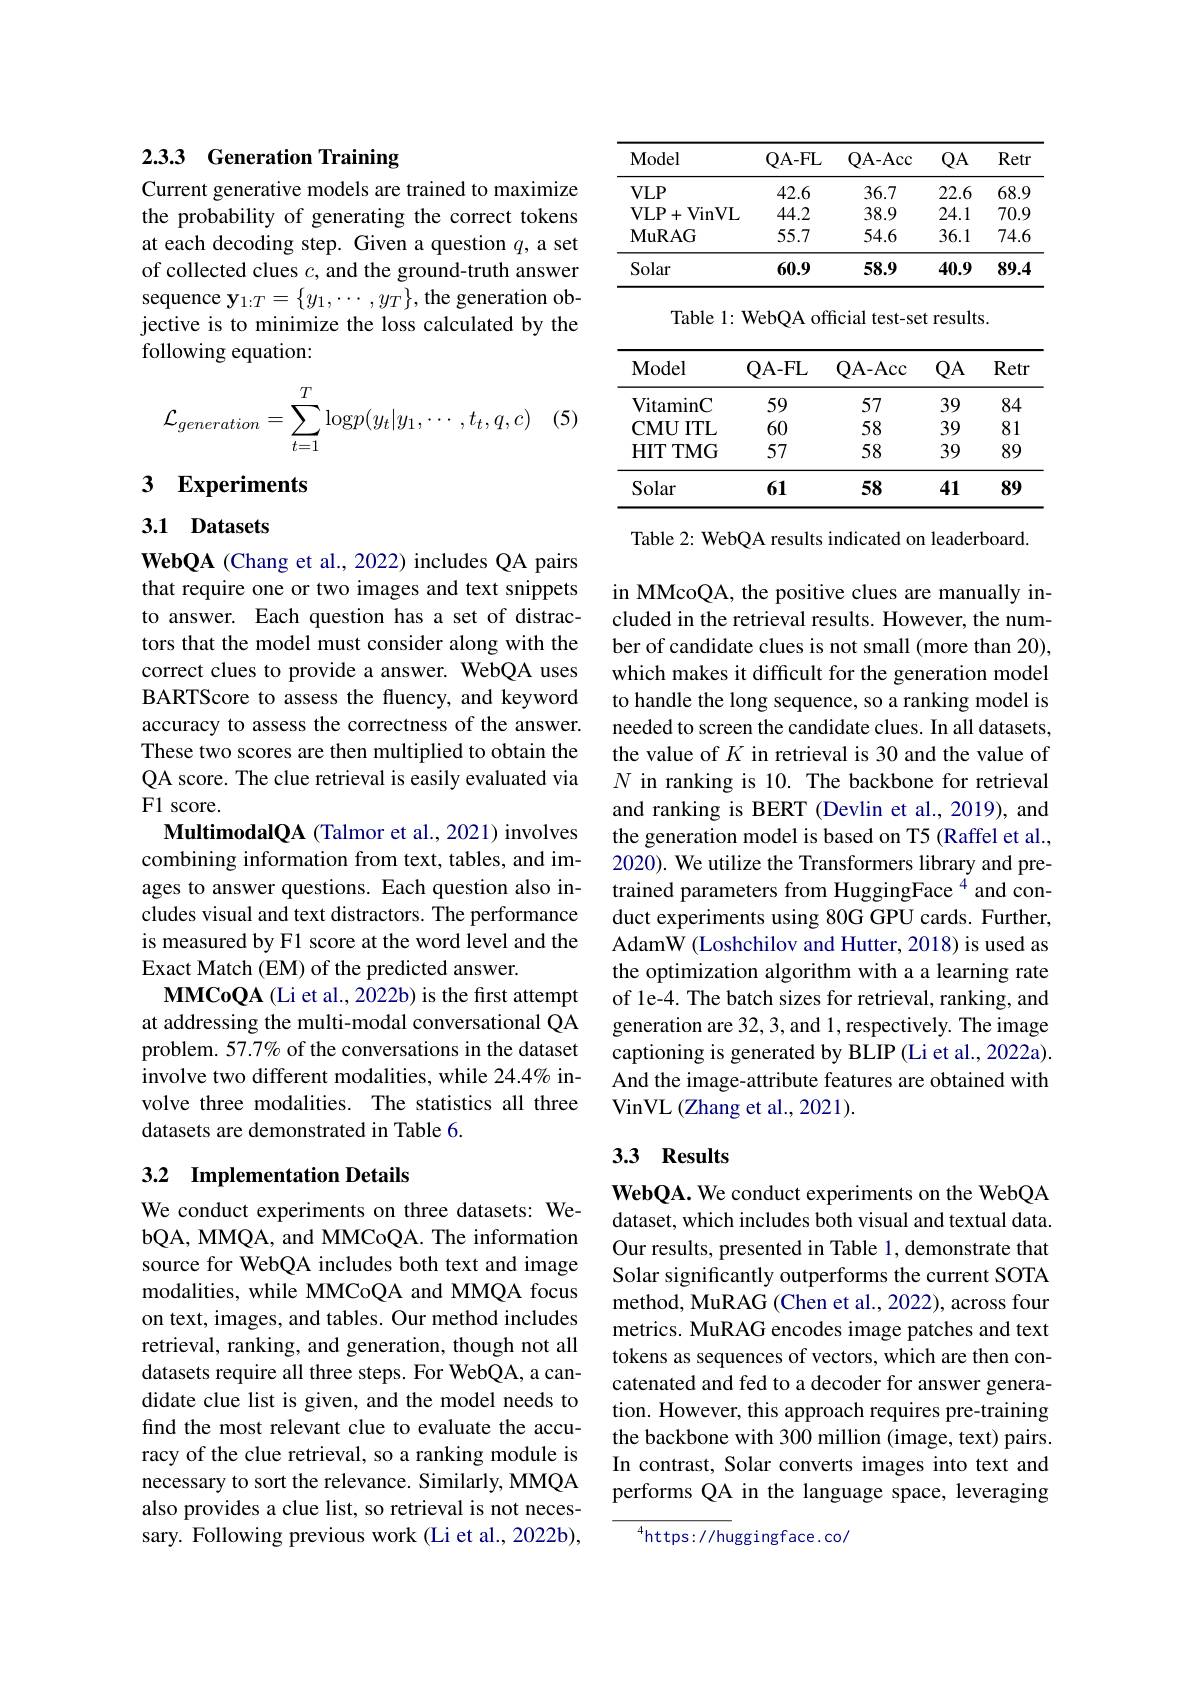
# 2.3.3 Generation Training

Current generative models are trained to maximize the probability of generating the correct tokens at each decoding step. Given a question $q$, a set of collected clues $c$, and the ground-truth answer sequence $\mathbf{y}_{1:T}=\{y_1,\cdots,y_T\}$,the generation objective is to minimize the loss calculated by the following equation:

(5)
$$\mathcal{L}_{generation}=\sum\limits_{t=1}^T\log p(y_t|y_1,\cdots,t_t,q,c)$$
# 3 Experiments

## 3.1 Datasets

WebQA (Chang et al., 2022) includes QA pairs that require one or two images and text snippets to answer. Each question has a set of distractors that the model must consider along with the correct clues to provide a answer. WebQA uses BARTScore to assess the fluency, and keyword accuracy to assess the correctness of the answer. These two scores are then multiplied to obtain the QA score. The clue retrieval is easily evaluated via F1 score.
MultimodalQA (Talmor et al., 2021) involves combining information from text, tables, and images to answer questions. Each question also includes visual and text distractors. The performance is measured by F1 score at the word level and the Exact Match (EM) of the predicted answer.
MMCoQA (Li et al., 2022b) is the first attempt at addressing the multi-modal conversational QA problem. 57.7% of the conversations in the dataset involve two different modalities, while 24.4% involve three modalities. The statistics all three datasets are demonstrated in Table 6.

## 3.2 Implementation Details

We conduct experiments on three datasets: WebQA, MMQA, and MMCoQA. The information source for WebQA includes both text and image modalities, while MMCoQA and MMQA focus on text, images, and tables. Our method includes retrieval, ranking, and generation, though not all datasets require all three steps. For WebQA, a candidate clue list is given, and the model needs to find the most relevant clue to evaluate the accuracy of the clue retrieval, so a ranking module is necessary to sort the relevance. Similarly, MMQA also provides a clue list, so retrieval is not necessary. Following previous work (Li et al., 2022b),

<table>
	<tbody>
		<tr>
			<th>$\mathbf{Model}$</th>
			<th>QA- FL</th>
			<th>QA- Acc</th>
			<th>$QA$</th>
			<th>Retr</th>
		</tr>
		<tr>
			<td>$VLP$</td>
			<td>42.6</td>
			<td>36.7</td>
			<td>22.6</td>
			<td>68.9</td>
		</tr>
		<tr>
			<td>$VLP$ VinVL + 1 1</td>
			<td>44.2</td>
			<td>38.9</td>
			<td>24.1</td>
			<td>70.9</td>
		</tr>
		<tr>
			<td>$\mathbf{MuRAG}$</td>
			<td>55.7</td>
			<td>54.6</td>
			<td>36.1</td>
			<td>74.6</td>
		</tr>
		<tr>
			<td>Solar</td>
			<td>60.9</td>
			<td>58.9</td>
			<td>40.9</td>
			<td>89.4</td>
		</tr>
	</tbody>
</table>

Table 1: WebQA official test-set results.

<table>
	<tbody>
		<tr>
			<th>Model</th>
			<th>QA- FL</th>
			<th>QA- Acc</th>
			<th>$QA$</th>
			<th>Retr</th>
		</tr>
		<tr>
			<td>VitaminC</td>
			<td>59</td>
			<td>57</td>
			<td>39</td>
			<td>84</td>
		</tr>
		<tr>
			<td>$\mathbf{CMUITL}$</td>
			<td>60</td>
			<td>58</td>
			<td>39</td>
			<td>81</td>
		</tr>
		<tr>
			<td>$HITTMG$</td>
			<td>57</td>
			<td>58</td>
			<td>39</td>
			<td>89</td>
		</tr>
		<tr>
			<td>Solar</td>
			<td>61</td>
			<td>58</td>
			<td>41</td>
			<td>89</td>
		</tr>
	</tbody>
</table>

Table 2: WebQA results indicated on leaderboard.

in MMcoQA, the positive clues are manually included in the retrieval results. However, the number of candidate clues is not small (more than 20), which makes it difficult for the generation model to handle the long sequence, so a ranking model is needed to screen the candidate clues. In all datasets, the value of $K$ in retrieval is 30 and the value of $N$ in ranking is 10. The backbone for retrieval and ranking is BERT (Devlin et al., 2019), and the generation model is based on T5 (Raffel et al., 2020). We utilize the Transformers library and pretrained parameters from HuggingFace $^{4}$ and conduct experiments using 80G GPU cards. Further, AdamW (Loshchilov and Hutter, 2018) is used as the optimization algorithm with a a learning rate of le-4. The batch sizes for retrieval, ranking, and generation are 32, 3, and 1, respectively. The image captioning is generated by BLIP (Li et al., 2022a). And the image-attribute features are obtained with VinVL (Zhang et al., 2021).

# 3.3 Results

WebQA. We conduct experiments on the WebQA dataset, which includes both visual and textual data Our results, presented in Table 1, demonstrate that Solar significantly outperforms the current SOTA method, MuRAG (Chen et al., 2022), across four metrics. MuRAG encodes image patches and text tokens as sequences of vectors, which are then concatenated and fed to a decoder for answer generation. However, this approach requires pre-training the backbone with 300 million (image, text) pairs. In contrast, Solar converts images into text and performs QA in the language space, leveraging

$^{4}$https://huggingface.co/